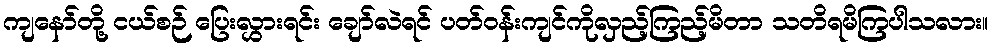
ကျနော်တို့ ငယ်စဉ် ပြေးလွှားရင်း ချော်လဲရင် ပတ်ဝန်းကျင်ကိုလှည့်ကြည့်မိတာ သတိရမိကြပါသလား။